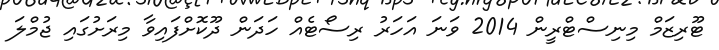
ޓޫރިޒަމް މިނިސްޓްރީން 2014 ވަނަ އަހަރު ރިސޯޓެއް ހަދަން ދޫކޮށްފައިވާ މިރަށުގައި ޖުމްލަ